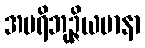
အပရိဘုဉ္ဇိယမာနာ